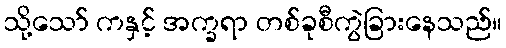
သို့သော် ကနှင့် အက္ခရာ တစ်ခုစီကွဲခြားနေသည်။